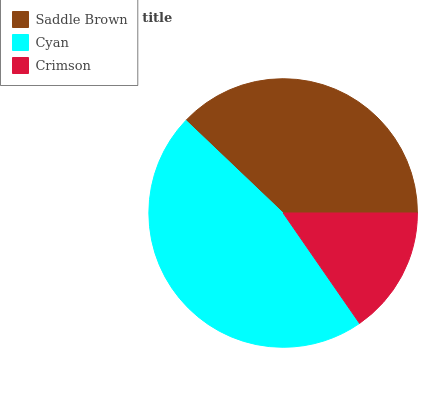
| Saddle Brown | Cyan | Crimson |
 | --- | --- | --- |
 | 37.9% | 46.8% | 15.4% |